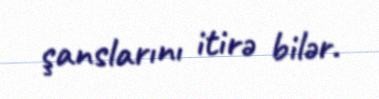
şanslarını itirə bilər.